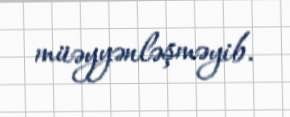
müəyyənləşməyib.